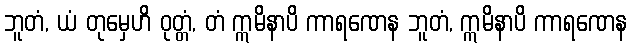
ဘူတံ, ယံ တုမှေဟိ ဝုတ္တံ, တံ ဣမိနာပိ ကာရဏေန ဘူတံ, ဣမိနာပိ ကာရဏေန